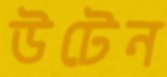
উটেন